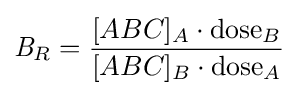
{\mathit {B}}_{R}={\frac {[ABC]_{A}\cdot {\text{dose}}_{B}}{[ABC]_{B}\cdot {\text{dose}}_{A}}}